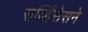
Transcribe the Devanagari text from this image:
सर्व्हिसेसने